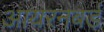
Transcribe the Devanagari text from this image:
आयरनबर्ड